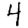
Digit: 4